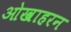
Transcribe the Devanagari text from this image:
ओखाहरन